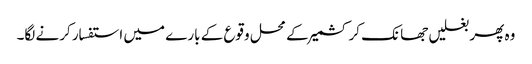
وہ پھر بغلیں جھانک کر کشمیر کے محل وقوع کے بارے میں استفسار کرنے لگا۔